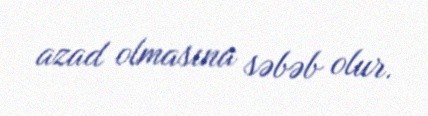
azad olmasına səbəb olur.